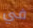
في